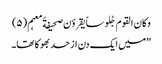
وکان القوم جُلوساً یقروٴن صحیفةً معہم(۵)
”میں ایک دن از حد بھوکا تھا۔